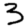
Digit: 3